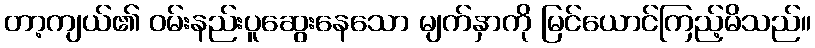
တာ့ကျယ်၏ ဝမ်းနည်းပူဆွေးနေသော မျက်နှာကို မြင်ယောင်ကြည့်မိသည်။